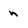
Character: n